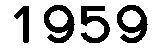
1959